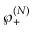
\wp _ { + } ^ { ( N ) }